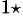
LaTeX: ^{1\star}